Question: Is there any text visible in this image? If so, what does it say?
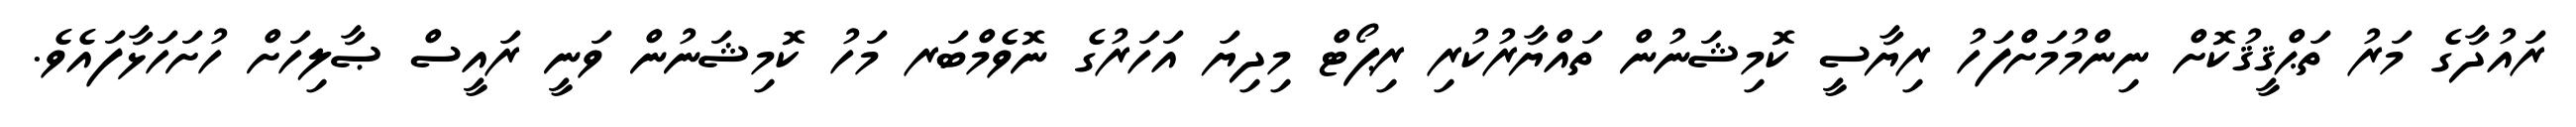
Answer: ރައުދާގެ މަރު ތަޙްޤީޤުކޮށް ނިންމުމަށްފަހު ރިޔާސީ ކޮމިޝަނުން ތައްޔާރުކުރި ރިޕޯޓް މިދިޔަ އަހަރުގެ ނޮވެމްބަރ މަހު ކޮމިޝަނުން ވަނީ ރައީސް ޞާލިހަށް ހުށަހަޅާފައެވެ.